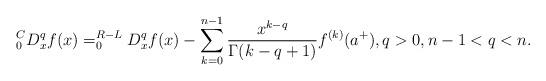
LaTeX: \begin{align*}_{0}^{C}D_{x}^{q}f(x)=_{0}^{R-L}D_{x}^{q}f(x)-\sum_{k=0}^{n-1}\frac{x^{k-q}}{\Gamma(k-q+1)}f^{(k)}(a^{+}),q>0,n-1<q<n.\end{align*}